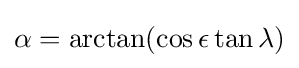
\alpha =\arctan(\cos \epsilon \tan \lambda )